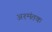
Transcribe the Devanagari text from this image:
अश्मंतक